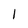
Character: 1